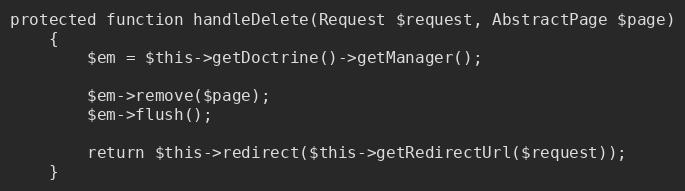
Language: PHP
protected function handleDelete(Request $request, AbstractPage $page)
    {
        $em = $this->getDoctrine()->getManager();

        $em->remove($page);
        $em->flush();

        return $this->redirect($this->getRedirectUrl($request));
    }